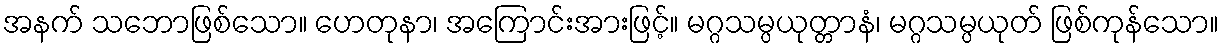
အနက် သဘောဖြစ်သော။ ဟေတုနာ၊ အကြောင်းအားဖြင့်။ မဂ္ဂသမ္ပယုတ္တာနံ၊ မဂ္ဂသမ္ပယုတ် ဖြစ်ကုန်သော။